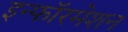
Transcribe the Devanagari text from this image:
इन्फॉरमेशन